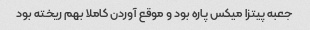
جعبه پیتزا میکس پاره بود و موقع آوردن کاملا بهم ریخته بود